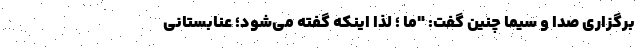
برگزاری صدا و سیما چنین گفت: "ما ؛ لذا اینکه گفته می‌شود؛ عنابستانی